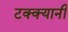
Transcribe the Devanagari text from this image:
टक्क्यानी